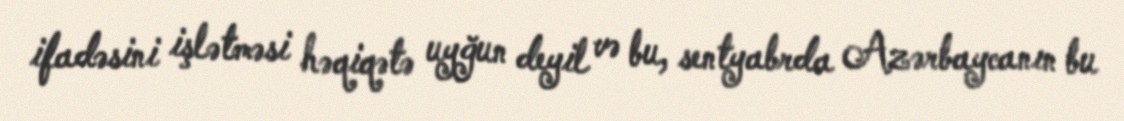
ifadəsini işlətməsi həqiqətə uyğun deyil və bu, sentyabrda Azərbaycanın bu